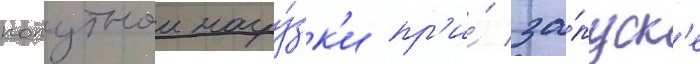
попутнои нагру́зк'и пр'и́ за́пуск'е